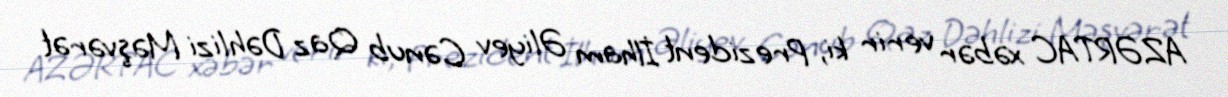
AZƏRTAC xəbər verir ki, Prezident İlham Əliyev Cənub Qaz Dəhlizi Məşvərət